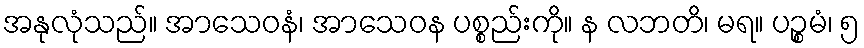
အနုလုံသည်။ အာသေဝနံ၊ အာသေဝန ပစ္စည်းကို။ န လဘတိ၊ မရ။ ပဉ္စမံ၊ ၅